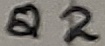
Text: Q2